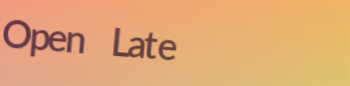
Open Late